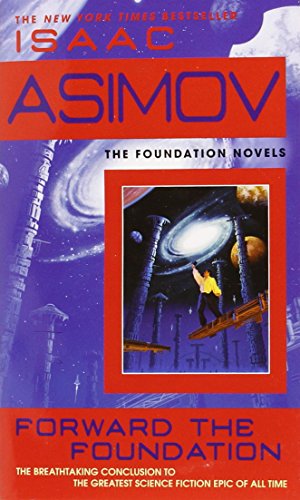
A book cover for Forward the Foundation; Isaac Asimov; Science Fiction & Fantasy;